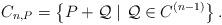
LaTeX: \begin{align*}C_{n,P}=\left\{P+\mathcal{Q}\ |\ \mathcal{Q}\in C^{(n-1)}\right\}.\end{align*}